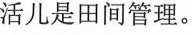
活儿是田间管理。